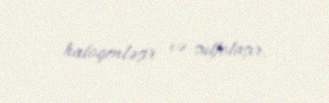
halogenləşir və sulfolaşır.